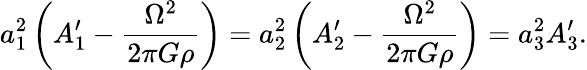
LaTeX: a_{1}^{2}\left(A_{1}^{\prime}-\frac{\Omega^{2}}{2\pi G\rho}\right)=a_{2}^{2}\left(A_{2}^{\prime}-\frac{\Omega^{2}}{2\pi G\rho}\right)=a_{3}^{2}A_{3}^{\prime}.